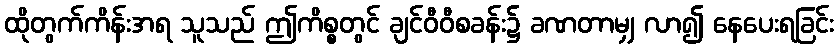
ထိုတွက်ကိန်းအရ သူသည် ဤကိစ္စတွင် ချင်ဝီဝီစခန်း၌ ခဏတာမျှ လာ၍ နေပေးရခြင်း